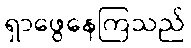
ရှာဖွေနေကြသည်